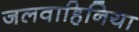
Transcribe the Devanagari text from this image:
जलवाहिनिया